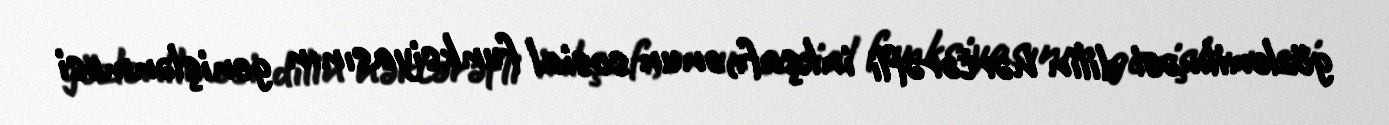
gözlənilməsi dilin hərtərəfli inkşafı,onun sosial funksiyasının genişlənməsi